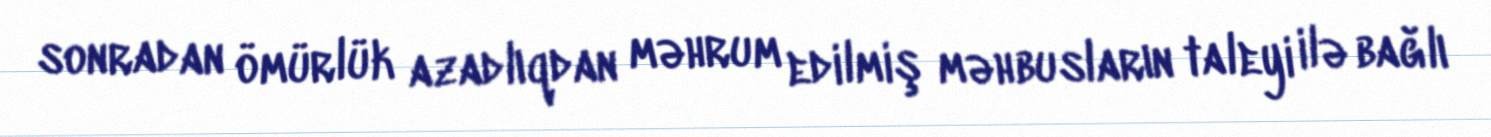
sonradan ömürlük azadlıqdan məhrum edilmiş məhbusların taleyi ilə bağlı